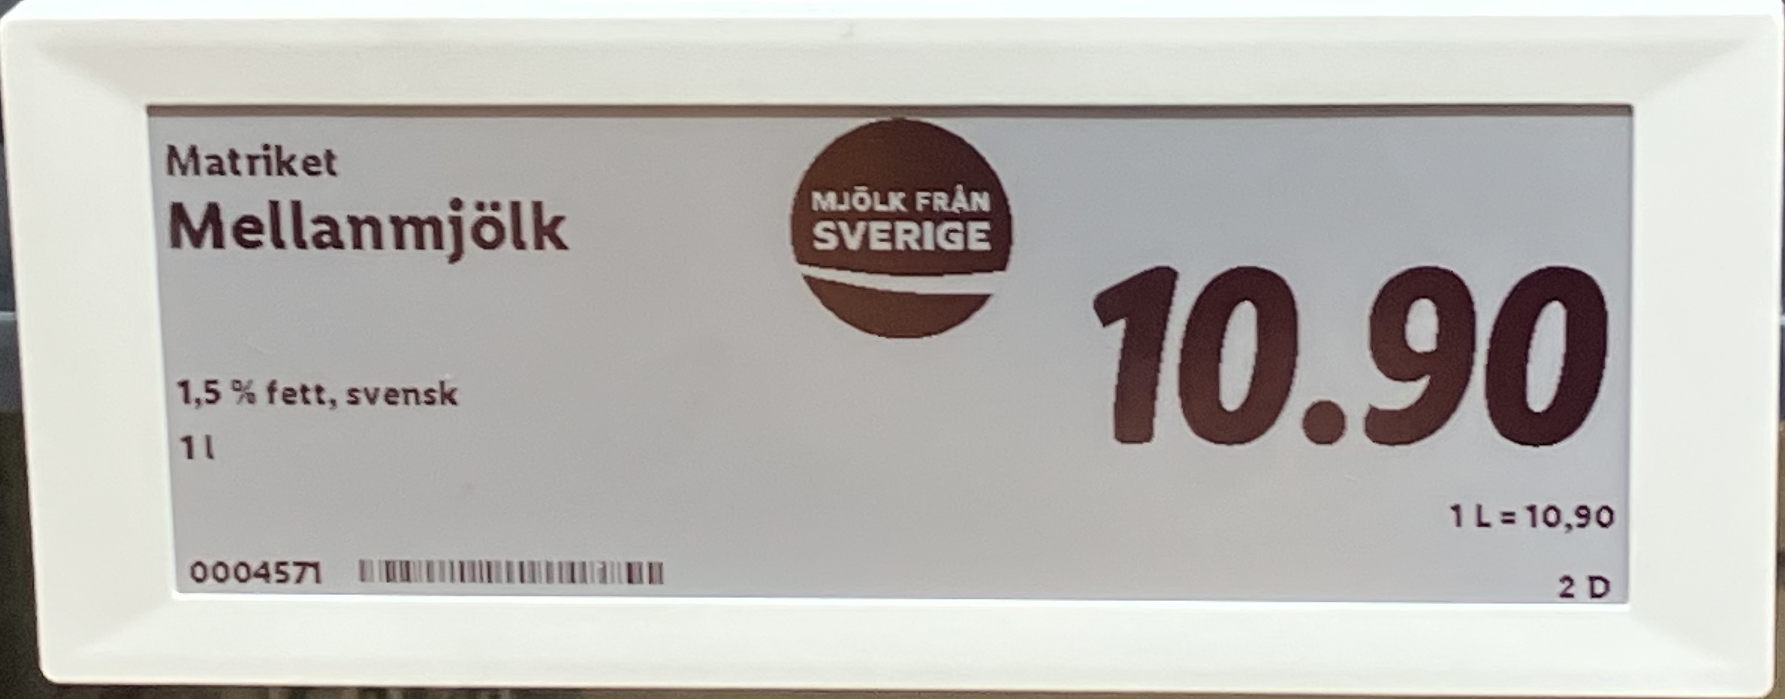
Vara: Mellanmjölk
Genomsnittspris: 10.9 per L